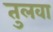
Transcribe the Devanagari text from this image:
तुलवा